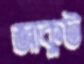
জাকুট